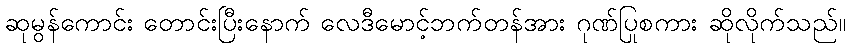
ဆုမွန်ကောင်း တောင်းပြီးနောက် လေဒီမောင့်ဘက်တန်အား ဂုဏ်ပြုစကား ဆိုလိုက်သည်။